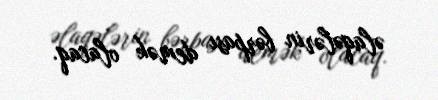
əlaqələrin bərpası demək olacaq.